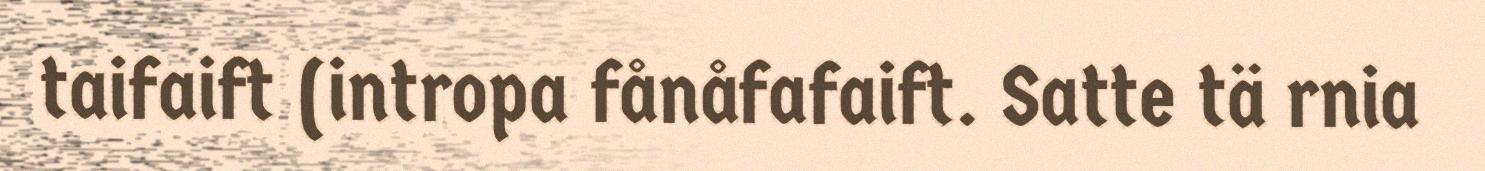
taifaift (intropa fånåfafaift. Satte tä rnia